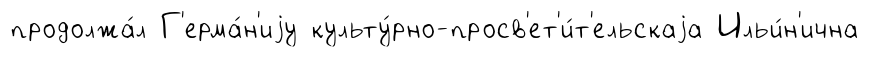
продолжа́л Г'ерма́н'иjу культу́рно-просв'ет'и́т'ельскаjа Ильи́н'ична